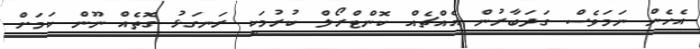
އެހެން ނަމަވެސް ގަދަބާރުން އެއްޗެއް ކޮންޓްރޯލް ކުރުމަކީ ރަނގަޅު ގޮތެއް ނޫން ކަމަށް